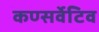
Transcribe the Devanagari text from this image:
कण्सर्वेटिव